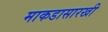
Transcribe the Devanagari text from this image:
माकडासारखी